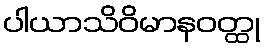
ပါယာသိဝိမာနဝတ္ထု